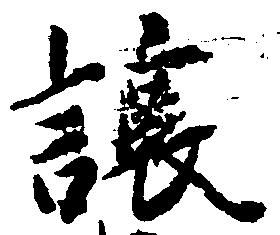
譲